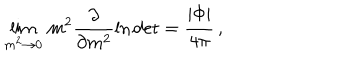
\lim _ { m ^ { 2 } \to 0 } \, m ^ { 2 } \frac { \partial } { \partial m ^ { 2 } } \ln \mathrm { d e t } = \frac { | \Phi | } { 4 \pi } \, ,